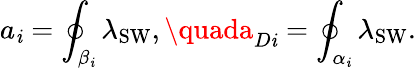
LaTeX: a_{\mathit{i}}=\oint_{\beta_{\mathit{i}}}\lambda_{\mathrm{{SW}}},\quada_{D\mathit{i}}=\oint_{\alpha_{\mathit{i}}}\lambda_{\mathrm{{SW}}}.